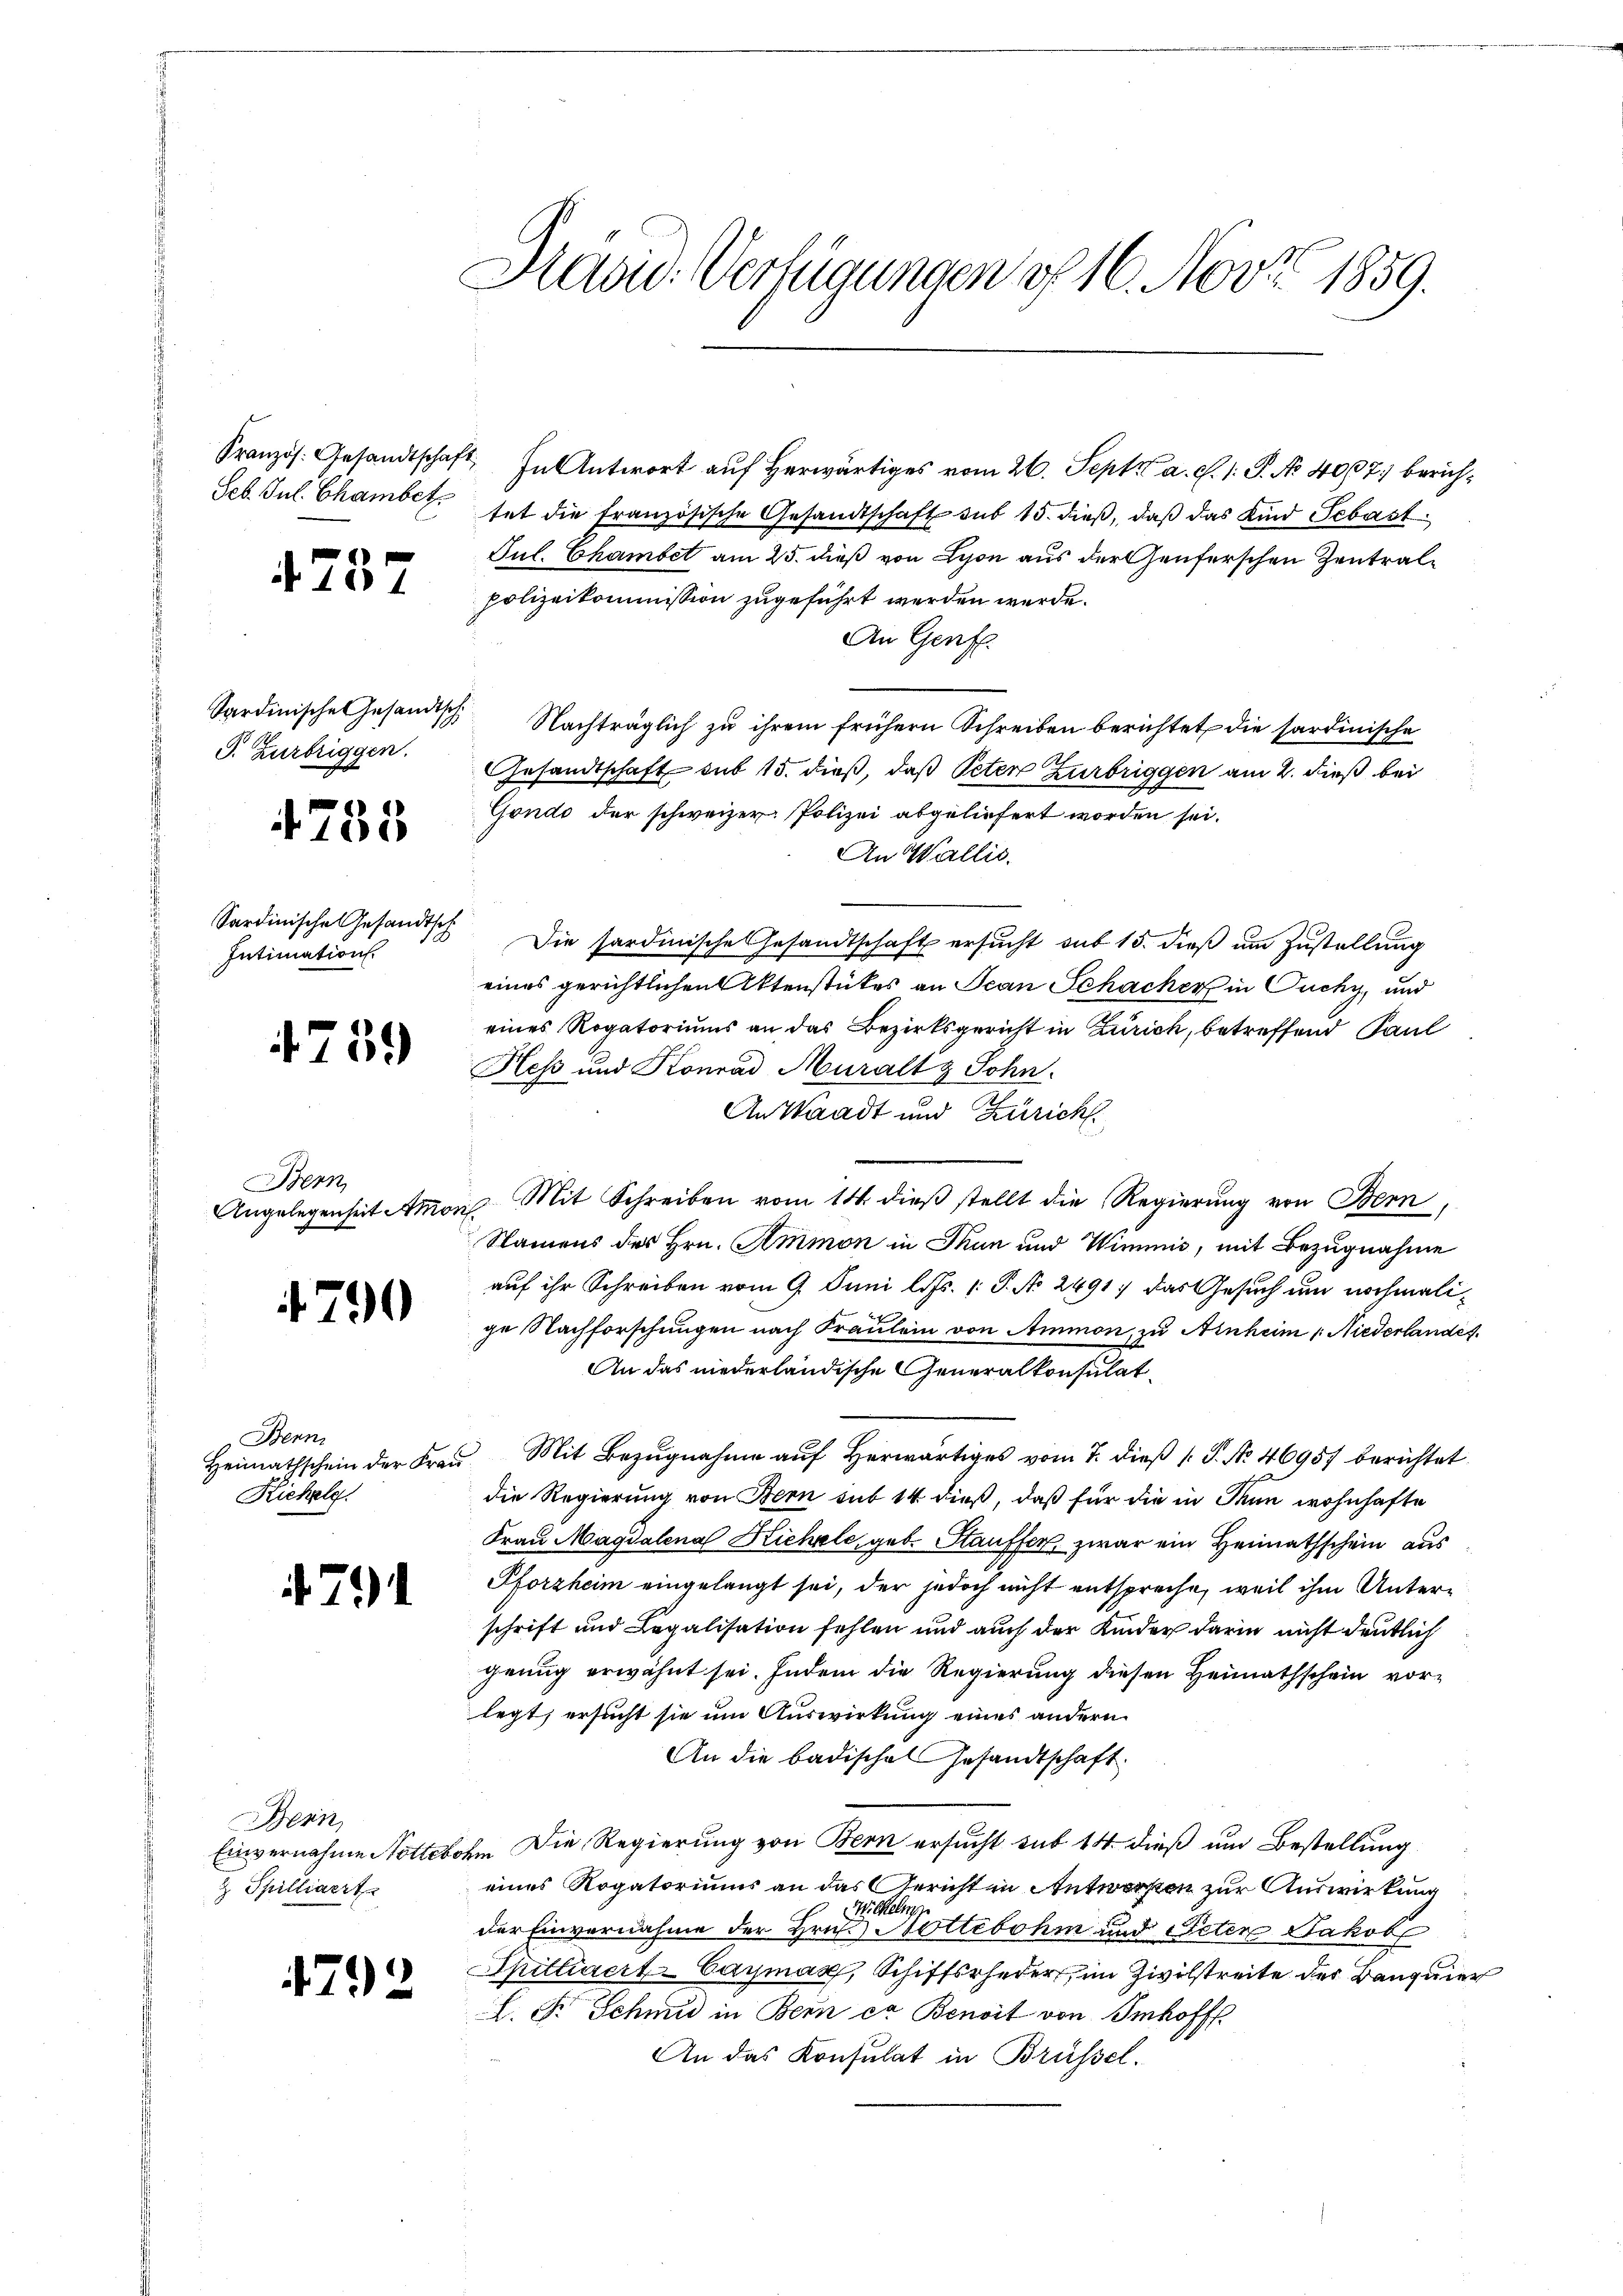
4737

P. Zurbriggen.

4755

Sardinische Gesandtsch
Intimation.

4739

Bern

4790

Bern
Kichelg.

224.

Bern,
& Spilliarrt

4792

Hasic: Verfügungen d. 16. Nov. 1859.

Französ. Gesandtschaft. In Antwort auf Herwärtiges vom 26. Sept. a. c. 1: P. No. 407. berich¬
Seb. Jul. Chamber hat die französische Gesandtschaft sub 15. dieß, daß das Kind Sebast
Jul. Chambet am 25. dieß von Lyon aus der Genferschen Zentralpolizeikommission zugeführt werden werde.
An Genf.
Sardinische Gesandtsch Nachträglich zu ihrem frühern Schreiben berichtet, die sardinische
Gesandtschaft sub 15. dieß, daß Peten Zurbriggen am 2. dieß bei
Gondo der schweizer. Polizei abgeliefert worden sei.
An Wallis.
Die sardinische Gesandtschaft ersucht sub 15. dieß um Zustellung
eines gerichtlichen Aktenstückes an Jean Schacher in Ouchy, und
eines Rogatoriums an das Bezirksgericht in Zürich, betreffend Paul
Heß und Konrad Muraltz Sohn.
An Waadt und Zürich.
Angelegenheit Amon Mit Schreiben vom 14. dieß stellt die Regierung von Bern
Namens des Hrn. Ammon in Thun und Wimmis, mit Bezugnahme
auf ihr Schreiben vom 9. Juni l. Js. [: P. No 2491) das Gesuch um nochmalige Nachforschungen nach Fräulein von Ammon, zu Anheim 1. Niederlandes.
An das niederländische Generalkonsulat,
Heimathschein der Frau Mit Bezŭgnahme aŭf herwärtiges vom 7. dieß ( P. No. 46957 berichtet
die Regierung von Bern sub 14 dieß, daß für die in denn wohnhafte
Frau Magdalena Richale, geb. Stauffer, zwar ein Heimathschein aus
Pforzheim eingelangt sei, der jedoch nicht entspreche, weil ihm Unterschrift und Legalisation fehlen und auch der Kinder darin nicht deutlich
genug erwähnt sei. Indem die Regierung diesen Heimathschein vorlegt, ersucht sie um Auswirkung eines andern
An die badisches Gesandtschaft
Einvernahme Nottebohm Die Regierung von Bern ersucht sub 14. dieß um Bestellung
eines Rogatoriums an das Gericht in Antworfen zur Auswirkung
Wickelung
der Einvernahme der Hrn. Nottebohm und Peter Jakob
Spilliaert-Cayman, Schiffsrheder im Zivilstreite der Baugmer
I. Fr. Schmid in Bern er Benoit von Imhoff
An das Konsulat in Brüssel.